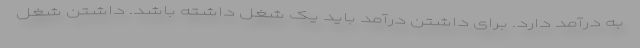
به درآمد دارد. برای داشتن درآمد باید یک شغل داشته باشد. داشتن شغل